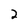
Character: 2